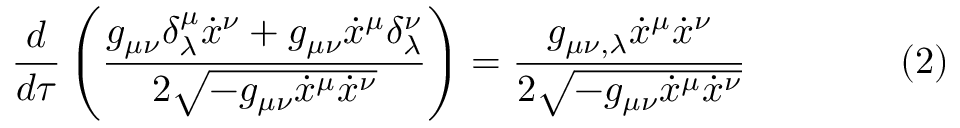
{ \frac { d } { d \tau } } \left( { \frac { g _ { \mu \nu } \delta ^ { \mu } _ { \lambda } { \dot { x } } ^ { \nu } + g _ { \mu \nu } { \dot { x } } ^ { \mu } \delta ^ { \nu } _ { \lambda } } { 2 { \sqrt { - g _ { \mu \nu } { \dot { x } } ^ { \mu } { \dot { x } } ^ { \nu } } } } } \right) = { \frac { g _ { \mu \nu , \lambda } { \dot { x } } ^ { \mu } { \dot { x } } ^ { \nu } } { 2 { \sqrt { - g _ { \mu \nu } { \dot { x } } ^ { \mu } { \dot { x } } ^ { \nu } } } } } \qquad \qquad ( 2 )